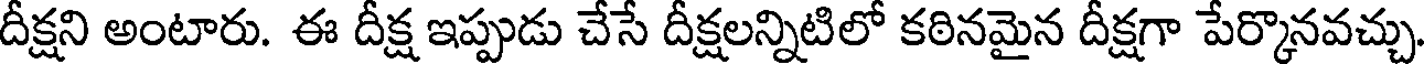
దీక్షని అంటారు. ఈ దీక్ష ఇప్పుడు చేసే దీక్షలన్నిటిలో కఠినమైన దీక్షగా పేర్కొనవచ్చు